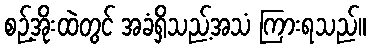
စဉ့်အိုးထဲတွင် အခံရှိသည့်အသံ ကြားရသည်။